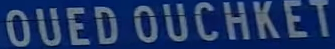
OUEDOUCHKET